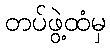
တပ်ဖွဲ့ထံမှ